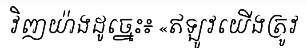
វិញយ៉ាងដូច្នេះ៖ «ឥឡូវយើងត្រូវ